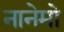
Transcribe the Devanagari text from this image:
नानेमो